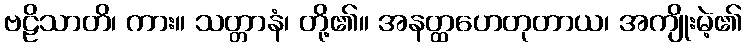
ဗဠိသာတိ၊ ကား။ သတ္တာနံ၊ တို့၏။ အနတ္ထဟေတုတာယ၊ အကျိုးမဲ့၏